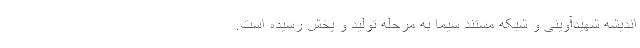
اندیشه شهیدآوینی و شبکه مستند سیما به مرحله تولید و پخش رسیده است.